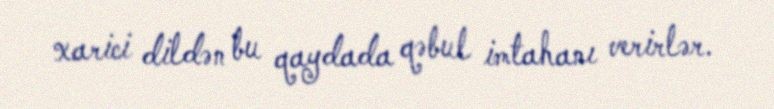
xarici dildən bu qaydada qəbul imtahanı verirlər.